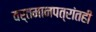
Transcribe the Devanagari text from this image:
वर्तमानपत्रांतही